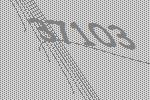
37103